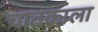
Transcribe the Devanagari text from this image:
चातकाला